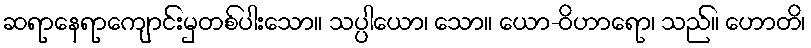
ဆရာနေရာကျောင်းမှတစ်ပါးသော။ သပ္ပါယော၊ သော။ ယော-ဝိဟာရော၊ သည်။ ဟောတိ၊